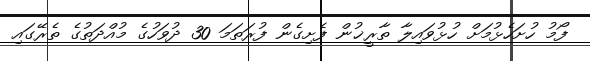
ފޯމު ހުށަހެޅުމަށް ހުޅުވައިލާ ތާރީޚުން ފެށިގެން ފުރަތަމަ 30 ދުވަހުގެ މުއްދަތުގެ ތެރޭގައި